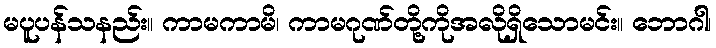
မပူပန်သနည်း။ ကာမကာမိ၊ ကာမဂုဏ်တို့ကိုအလိုရှိသောမင်း။ ဘောဂါ၊